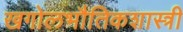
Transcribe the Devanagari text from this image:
खगोलभौतिकशास्त्री